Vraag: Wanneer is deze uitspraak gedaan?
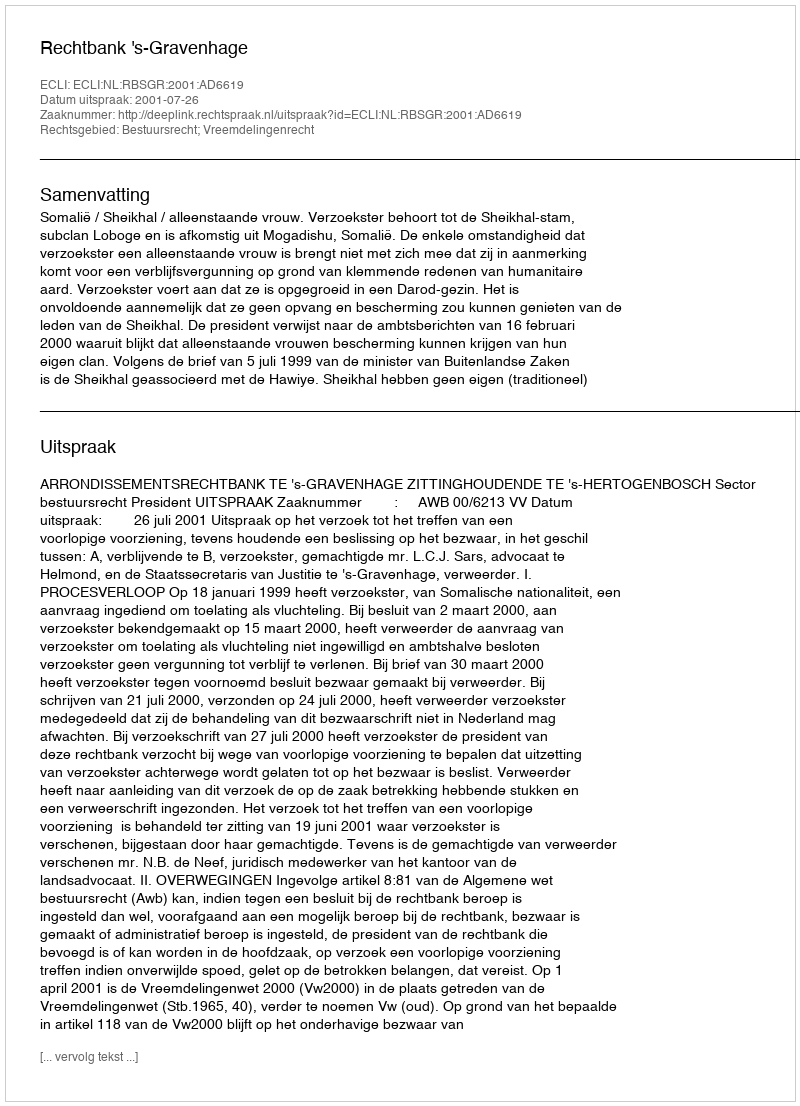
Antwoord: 2001-07-26